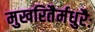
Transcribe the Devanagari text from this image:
मुखरितैर्मधुरैः